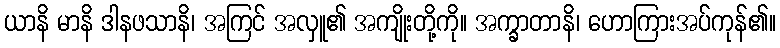
ယာနိ မာနိ ဒါနဖသာနိ၊ အကြင် အလှူ၏ အကျိုးတို့ကို။ အက္ခာတာနိ၊ ဟောကြားအပ်ကုန်၏။